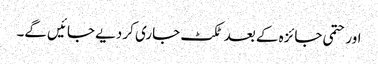
اور حتمی جائزہ کے بعد ٹکٹ جاری کر دیے جائیں گے۔